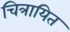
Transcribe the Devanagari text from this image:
चित्रायित